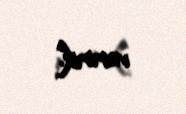
veririk.